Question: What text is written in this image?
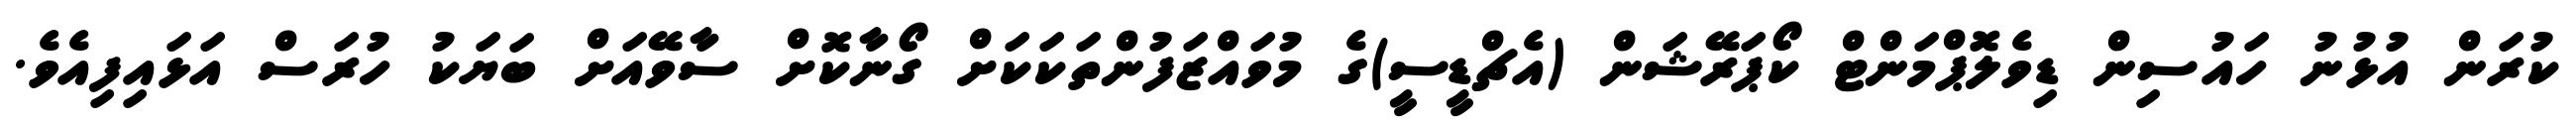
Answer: ކުރަން އުޅުނު ހައުސިން ޑިވެލޮޕްމަންޓް ކޯޕަރޭޝަން (އެޗްޑީސީ)ގެ މުވައްޒަފުންތަކަކަށް ގޯނާކޮށް ސާވޭއަށް ބަޔަކު ހުރަސް އަޅައިފިއެވެ.